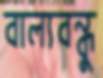
বাল্যবন্ধু